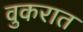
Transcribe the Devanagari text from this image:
वुकरात